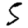
Digit: 5